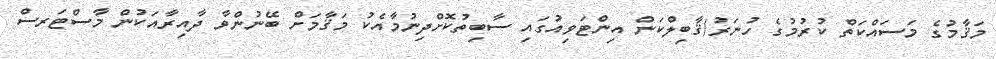
މަޤާމުގެ މަސައްކަތް ކުރުމުގެ ހުނަރު/ޤާބިލްކަން އިންޓަވިއުގައި ސާބިތުކޮށްދިނުމާއެކު މަޤާމަށް ބޭނުންވާ ދާއިރާއަކުން މާސްޓަރސް